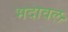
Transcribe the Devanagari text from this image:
भदावल